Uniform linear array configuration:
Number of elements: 12
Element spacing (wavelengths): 0.5
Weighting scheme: hamming
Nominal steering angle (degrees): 45
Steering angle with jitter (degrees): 43.531
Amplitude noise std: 0.05
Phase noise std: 0.05

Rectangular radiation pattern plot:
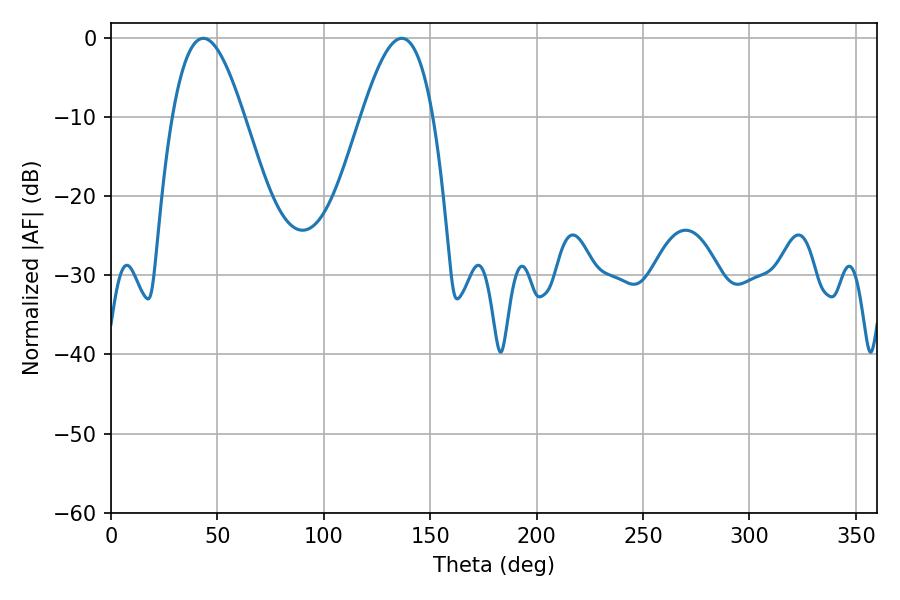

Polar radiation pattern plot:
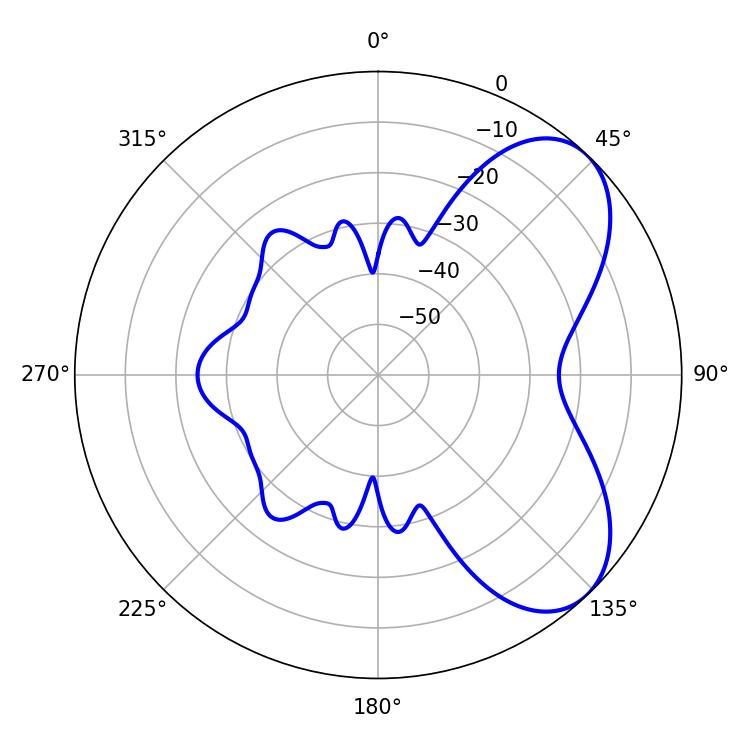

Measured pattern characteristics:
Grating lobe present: FALSE
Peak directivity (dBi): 6.16
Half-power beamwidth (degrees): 18.36
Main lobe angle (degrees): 43.38